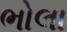
ભોલા